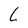
Character: L